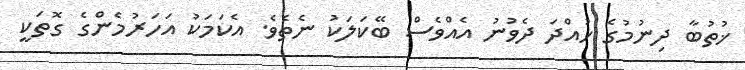
ޚުތުބާ ދިނުމުގެ ހުއްދަ ދެވުނު އެއްވެސް ބޭކަލަކު ނެތެވެ. އެކަމަކު އަހަރުމެންގެ ގޮތަކީ